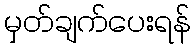
မှတ်ချက်ပေးရန်